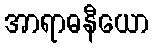
အာရာဓနီယော